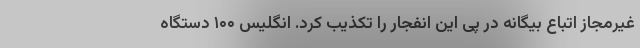
غیرمجاز اتباع بیگانه در پی این انفجار را تکذیب کرد. انگلیس ۱۰۰ دستگاه